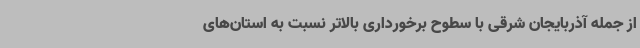
از جمله آذربایجان شرقی با سطوح برخورداری بالاتر نسبت به استان‌های